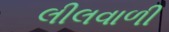
લીલવાળી